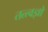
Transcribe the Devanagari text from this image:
तत्त्वज्ञो